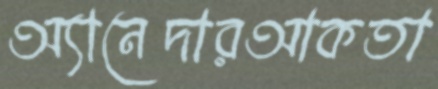
অ্যানেদারআকতা